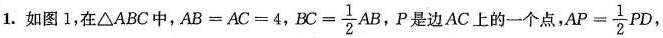
1.如图1，在△ABC中，$$A B = A C = 4$$， $$B C = \frac { 1 } { 2 } A B$$，P是边AC上的一个点，$$A P = \frac { 1 } { 2 } P D$$，